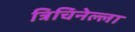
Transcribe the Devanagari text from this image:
त्रिचिनेल्ला